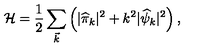
{ \cal H } = \frac { 1 } { 2 } \sum _ { \vec { k } } \left( | { \widehat \pi } _ { k } | ^ { 2 } + k ^ { 2 } | { \widehat \psi } _ { k } | ^ { 2 } \right) ,